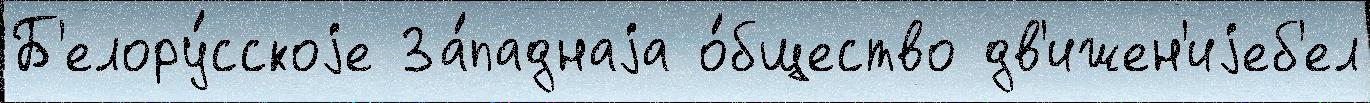
Б'елору́сскоjе За́паднаjа о́бщество дв'ижен'иjеб'ел